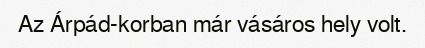
Az Árpád-korban már vásáros hely volt.